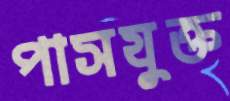
পাসযুক্ত